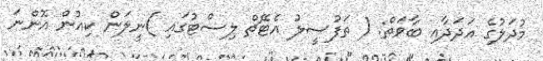
މުދަލުގެ އަދަދާއި ބާވަތް: ( ތަފުސީލު އެޓޭޗް ލިސްޓުގައި )ނީލަން ކިއުން އޮންނަ